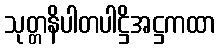
သုတ္တနိပါတပါဋ္ဌိအဋ္ဌကထာ